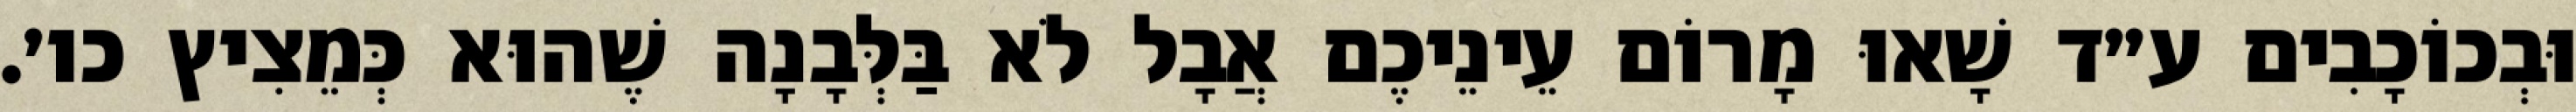
וּבְכוֹכָבִים ע״ד שָׁאוּ מָרוֹם עֵינֵיכֶם אֲבָל לֹא בַּלְּבָנָה שֶׁהוּא כְּמֵצִיץ כו׳.